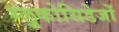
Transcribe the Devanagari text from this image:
ग्लुकोसिडेजों